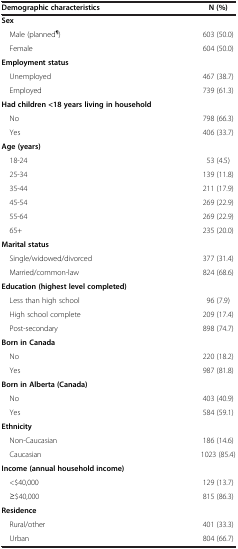
<table><thead><tr><td><b>Demographic characteristics</b></td><td><b>N (%)</b></td></tr></thead><tbody><tr><td><b>Sex</b></td><td> </td></tr><tr><td> Male (planned<sup><b>¶</b></sup>)</td><td>603 (50.0)</td></tr><tr><td> Female</td><td>604 (50.0)</td></tr><tr><td><b>Employment status</b></td><td> </td></tr><tr><td> Unemployed</td><td>467 (38.7)</td></tr><tr><td> Employed</td><td>739 (61.3)</td></tr><tr><td><b>Had children &lt;18 years living in household</b></td><td> </td></tr><tr><td> No</td><td>798 (66.3)</td></tr><tr><td> Yes</td><td>406 (33.7)</td></tr><tr><td><b>Age (years)</b></td><td> </td></tr><tr><td> 18-24</td><td>53 (4.5)</td></tr><tr><td> 25-34</td><td>139 (11.8)</td></tr><tr><td> 35-44</td><td>211 (17.9)</td></tr><tr><td> 45-54</td><td>269 (22.9)</td></tr><tr><td> 55-64</td><td>269 (22.9)</td></tr><tr><td> 65+</td><td>235 (20.0)</td></tr><tr><td><b>Marital status</b></td><td> </td></tr><tr><td> Single/widowed/divorced</td><td>377 (31.4)</td></tr><tr><td> Married/common-law</td><td>824 (68.6)</td></tr><tr><td><b>Education (highest level completed)</b></td><td> </td></tr><tr><td> Less than high school</td><td>96 (7.9)</td></tr><tr><td> High school complete</td><td>209 (17.4)</td></tr><tr><td> Post-secondary</td><td>898 (74.7)</td></tr><tr><td><b>Born in Canada</b></td><td> </td></tr><tr><td> No</td><td>220 (18.2)</td></tr><tr><td> Yes</td><td>987 (81.8)</td></tr><tr><td><b>Born in Alberta (Canada)</b></td><td> </td></tr><tr><td> No</td><td>403 (40.9)</td></tr><tr><td> Yes</td><td>584 (59.1)</td></tr><tr><td><b>Ethnicity</b></td><td> </td></tr><tr><td> Non-Caucasian</td><td>186 (14.6)</td></tr><tr><td> Caucasian</td><td>1023 (85.4)</td></tr><tr><td><b>Income (annual household income)</b></td><td> </td></tr><tr><td> &lt;$40,000</td><td>129 (13.7)</td></tr><tr><td> ≥$40,000</td><td>815 (86.3)</td></tr><tr><td><b>Residence</b></td><td> </td></tr><tr><td> Rural/other</td><td>401 (33.3)</td></tr><tr><td> Urban</td><td>804 (66.7)</td></tr></tbody></table>